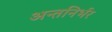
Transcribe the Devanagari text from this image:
अन्तनिर्भर